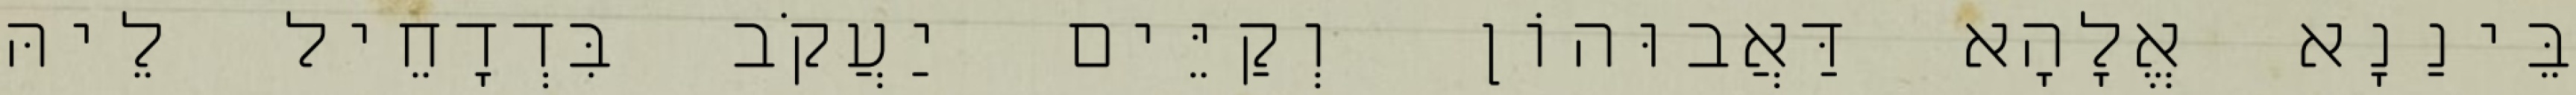
בֵּינַנָא אֱלָהָא דַּאֲבוּהוֹן וְקַיֵּים יַעֲקֹב בִּדְדָחֵיל לֵיהּ